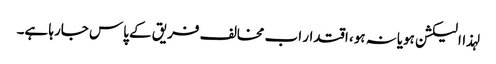
لہذاالیکشن ہویانہ ہو، اقتدار اب مخالف فریق کے پاس جارہا ہے۔